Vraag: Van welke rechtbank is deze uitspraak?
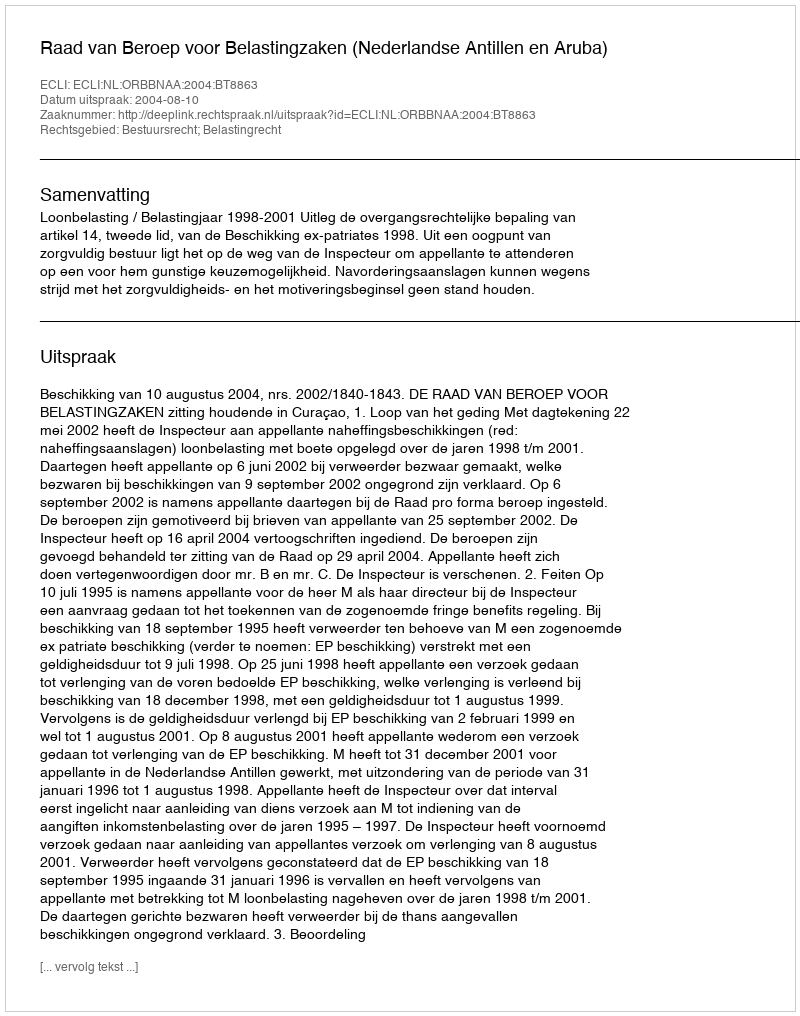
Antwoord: Raad van Beroep voor Belastingzaken (Nederlandse Antillen en Aruba)